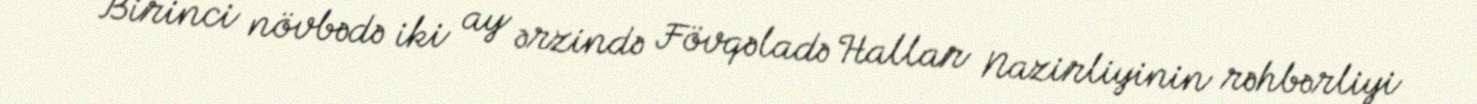
“Birinci növbədə iki ay ərzində Fövqəladə Hallar Nazirliyinin rəhbərliyi